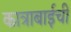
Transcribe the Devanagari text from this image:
कात्राबाईची